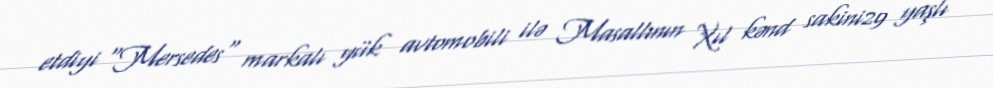
etdiyi "Mersedes" markalı yük avtomobili ilə Masallının Xıl kənd sakini29 yaşlı